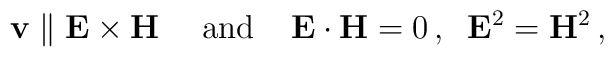
\mathbf{v}\parallel \mathbf{E}\times\mathbf{H}\,\;\;\;\;  {\rm and}\;\;\;\;\mathbf{E}\cdot \mathbf{H}=0\,,\;\;\mathbf{E}^2=\mathbf{H}^2\,,